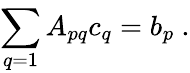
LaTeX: \sum_{q=1}^{}A_{pq}c_{q}=b_{p}\ .